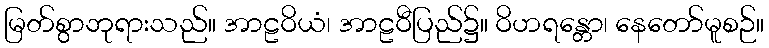
မြတ်စွာဘုရားသည်။ အာဠဝိယံ၊ အာဠဝီပြည်၌။ ဝိဟရန္တော၊ နေတော်မူစဉ်။